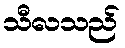
သီလသည်